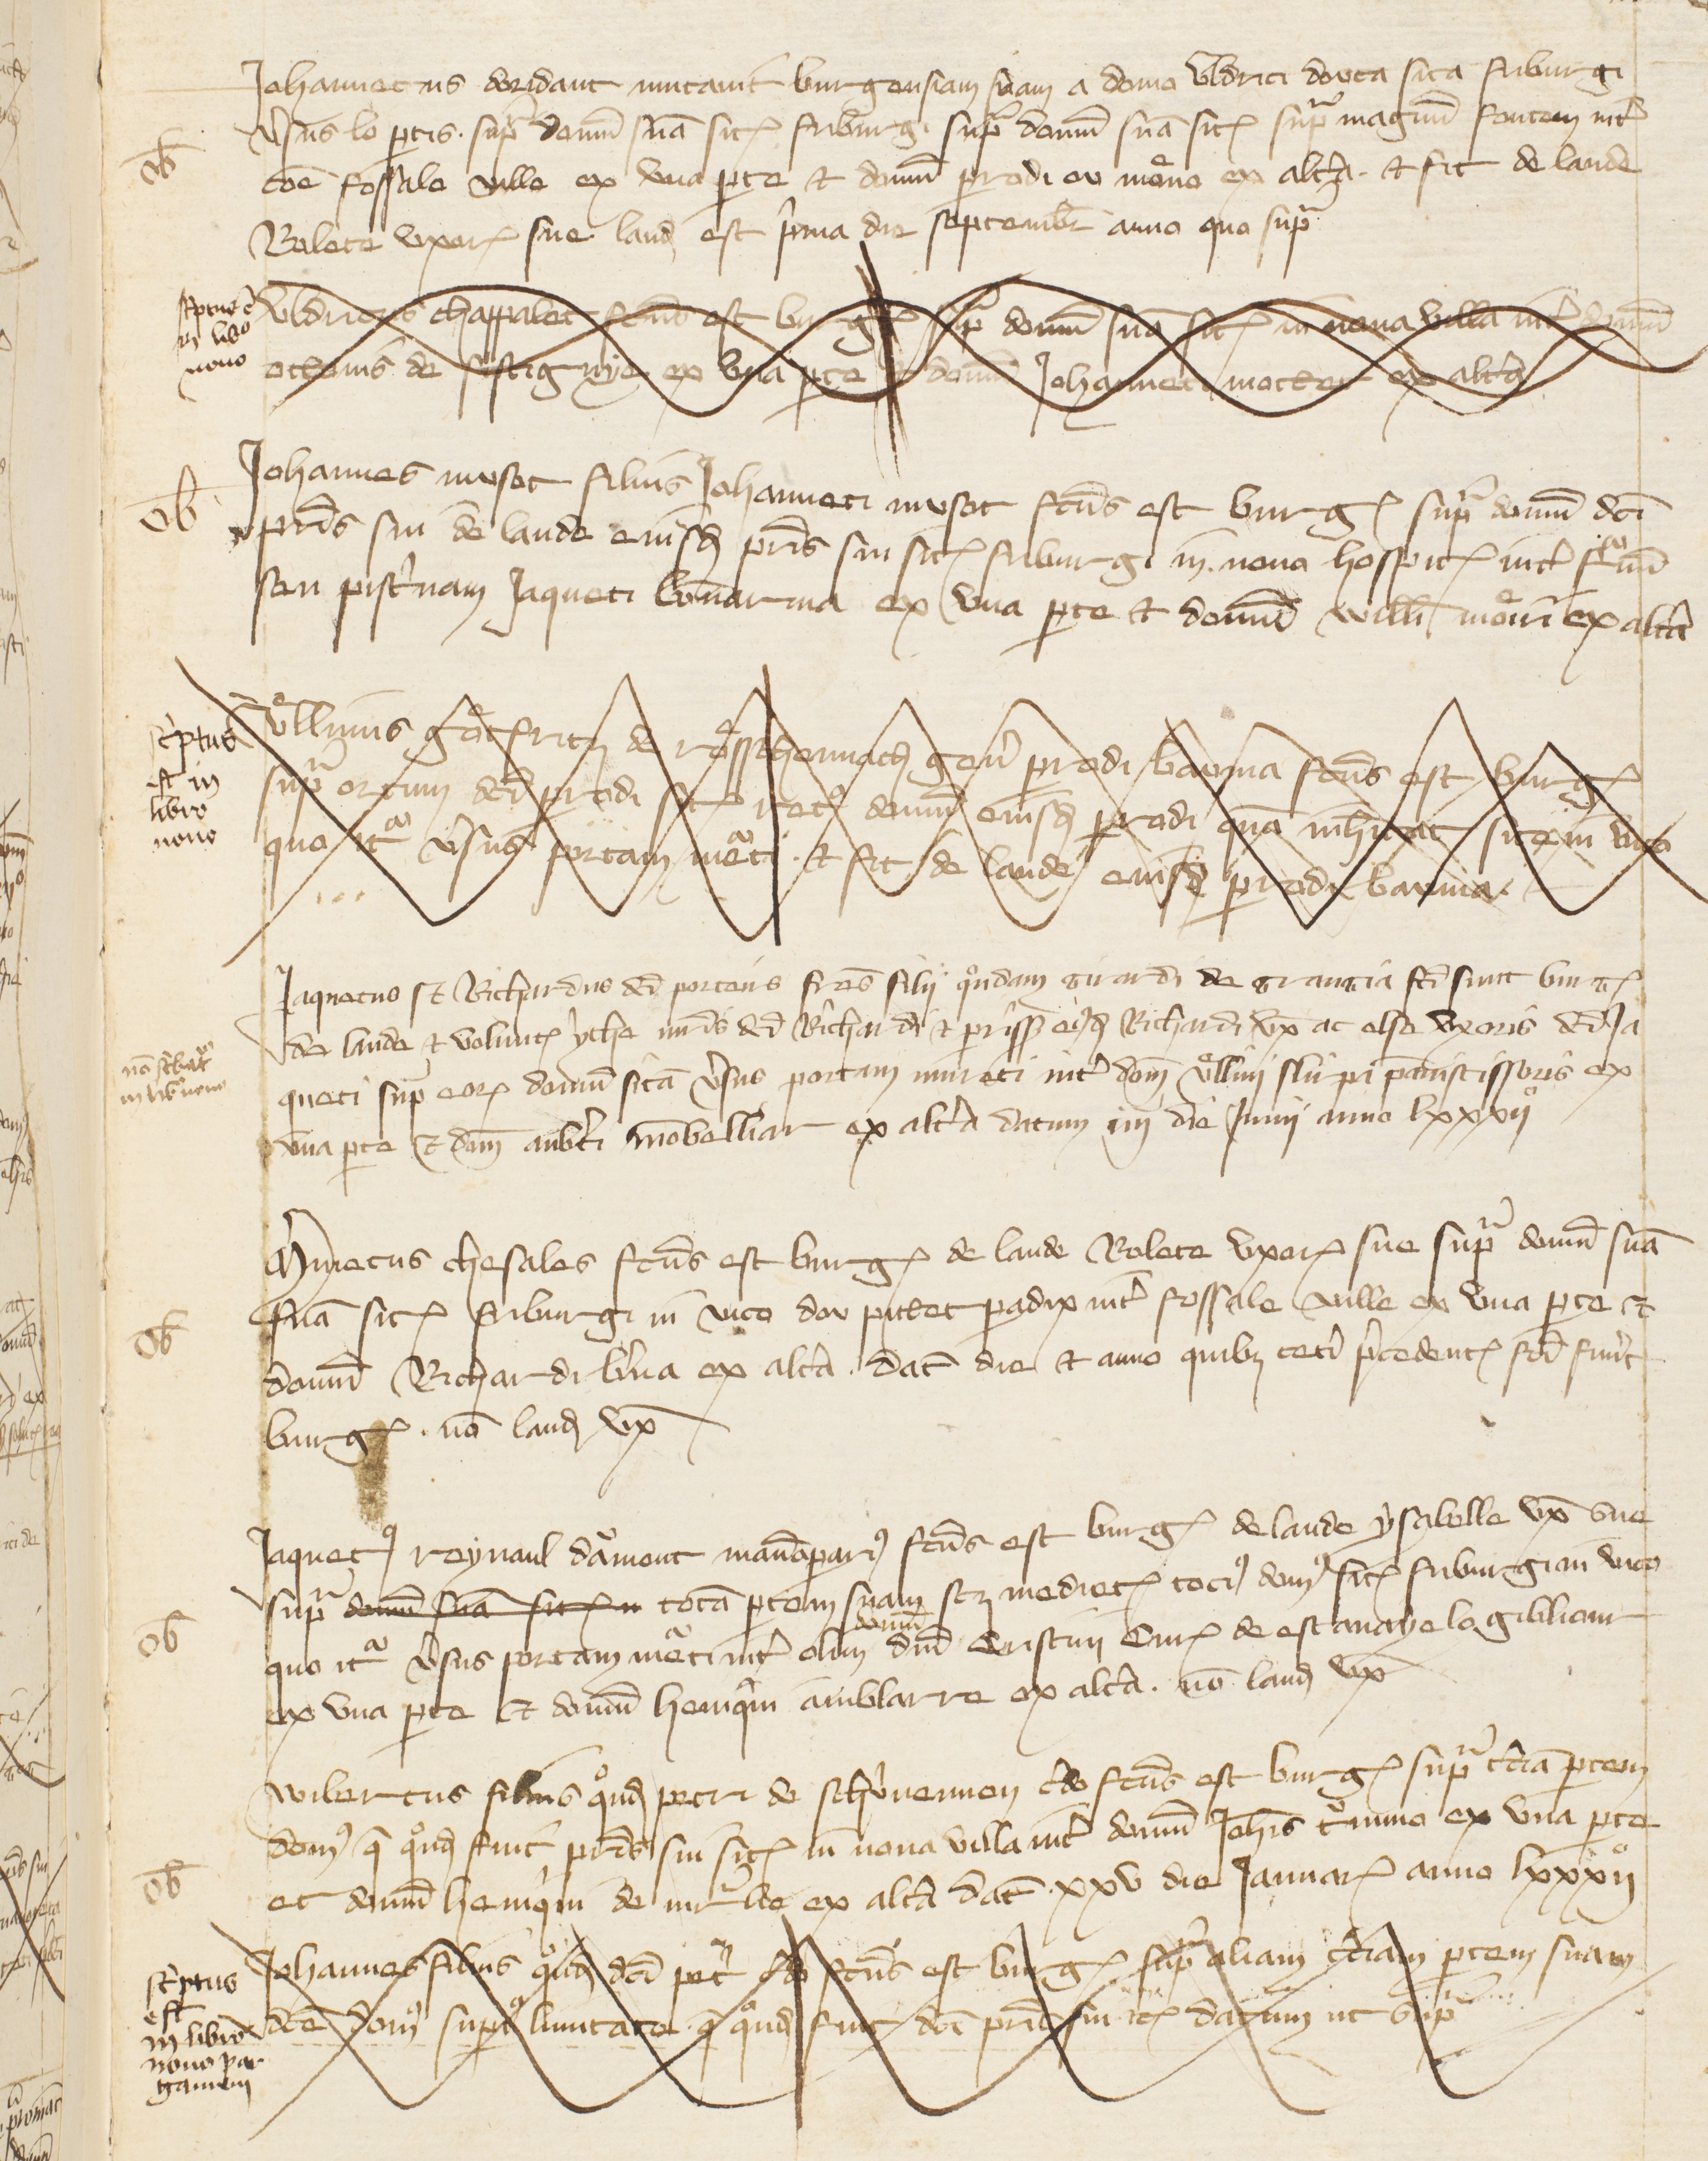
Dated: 1341–1416